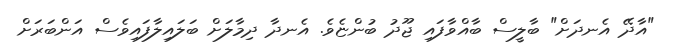
"އާދޭ އެނދަށް" ބާލީސް ބާއްވާފައި ޖޫދު ބުންޏެވެ. އެނދާ ދިމާލަށް ބަލައިލާފައިވެސް އަންބަރަށް